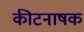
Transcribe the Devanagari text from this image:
कीटनाषक